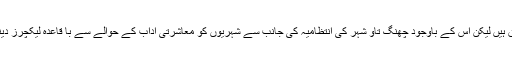
یہ امر قابل زکر ہے کہ اگرچہ چین کے شہری انتہائی ملنسار ، پر امن اور خوش اخلاق ہیں لیکن اس کے باوجود چھنگ تاو شہر کی انتظامیہ کی جانب سے شہریوں کو معاشرتی آداب کے حوالے سے با قاعدہ لیکچرز دینے کا سلسلہ شروع کیا گیا ہے تاکہ اجلاس کی بہترین انداز سے میزبانی کی جا سکے۔